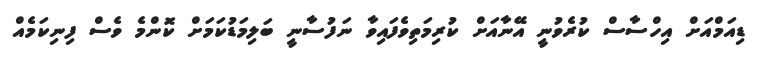
ޑިއަމްއަށް އިހްސާސް ކުރެވުނީ އޭނާއަށް ކުރިމަތިވެފައިވާ ނަފުސާނީ ބަލިމަޑުކަމަށް ކޮންމެ ވެސް ފިނިކަމެއް